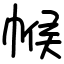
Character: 帿